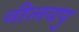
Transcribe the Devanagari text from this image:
नीलवपु